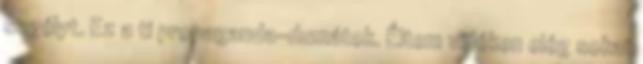
segélyt. Ez a ti propaganda-dumátok. Éltem vidéken elég sokat